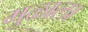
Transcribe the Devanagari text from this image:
मुळाला